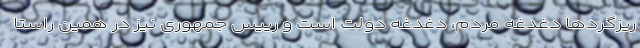
ریزگرد‌ها دغدغه مردم، دغدغه دولت است و رییس جمهوری نیز در همین راستا